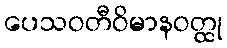
ပေသဝတီဝိမာနဝတ္ထု